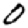
Digit: 0